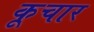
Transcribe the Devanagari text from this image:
कूचार